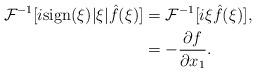
LaTeX: \begin{align*}\mathcal{F}^{-1}[i\mathrm{sign}(\xi)|\xi|\hat{f}(\xi)]&=\mathcal{F}^{-1}[i\xi\hat{f}(\xi)],\\&=-\frac{\partial f}{\partial x_1}.\end{align*}